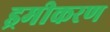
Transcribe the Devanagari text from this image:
ड्रमीकरण